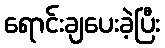
ရောင်းချပေးခဲ့ပြီး